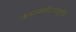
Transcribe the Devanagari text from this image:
करायासी।पाहुनि